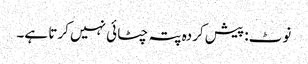
نوٹ: پیش کردہ پتہ چٹائی نہیں کرتا ہے۔